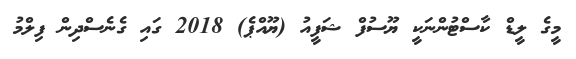
މީގެ ލީޑް ކާސްޓުންނަކީ ޔޫސުފް ޝަފީއު (ޔޫއްޕެ) 2018 ގައި ގެނެސްދިން ފިލްމު